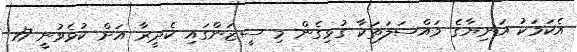
އެކަަމަކު އަނިޔާގެ މައްސަލަތަކާ ގުޅިގެން މި ސީޒަންގައި ކެދީރާ އަށް ކުޅެވުނީ 17